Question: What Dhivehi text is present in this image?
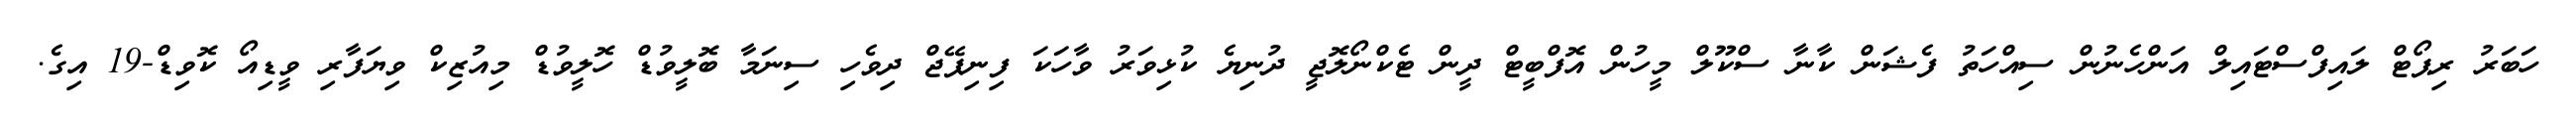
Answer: ހަބަރު ރިޕޯޓް ލައިފްސްޓައިލް އަންހެނުން ސިއްހަތު ފެޝަން ކާނާ ސްކޫލް މީހުން އޮފްބީޓް ދީން ޓެކްނޯލޮޖީ ދުނިޔެ ކުޅިވަރު ވާހަކަ ފިނިޕޭޖް ދިވެހި ސިނަމާ ބޮލީވުޑް ހޮލީވުޑް މިއުޒިކް ވިޔަފާރި ވީޑިއޯ ކޮވިޑް-19 އިގެ.